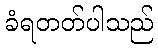
ခံရတတ်ပါသည်